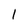
Character: l